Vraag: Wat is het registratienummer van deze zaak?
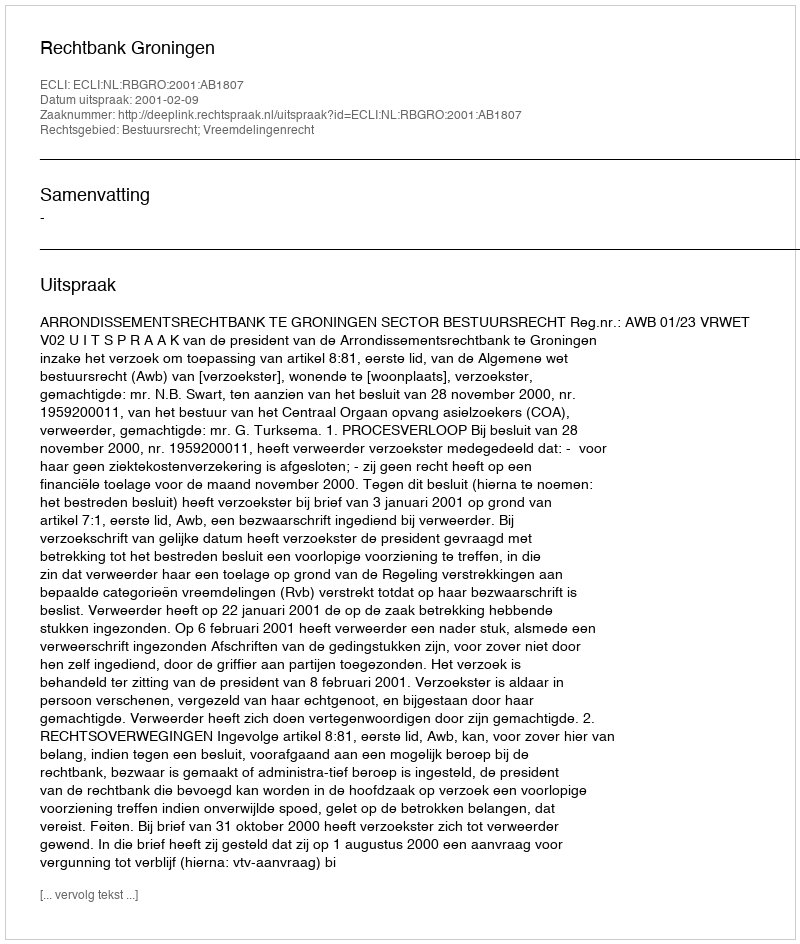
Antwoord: http://deeplink.rechtspraak.nl/uitspraak?id=ECLI:NL:RBGRO:2001:AB1807